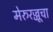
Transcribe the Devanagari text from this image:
मेरुरज्जूचा